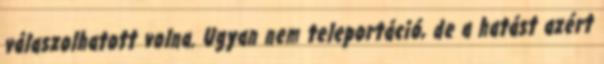
válaszolhatott volna. Ugyan nem teleportáció, de a hatást azért